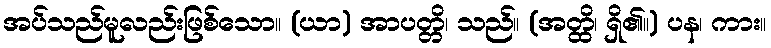
အပ်သည်မူလည်းဖြစ်သော။ (ယာ) အာပတ္တိ၊ သည်။ (အတ္ထိ၊ ရှိ၏။) ပန၊ ကား။